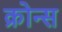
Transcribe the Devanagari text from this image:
क्रोन्स